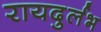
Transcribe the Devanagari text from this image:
रायदुर्लभ